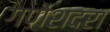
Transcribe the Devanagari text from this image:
गणेशदरा